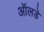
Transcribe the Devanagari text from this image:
ऑलडे